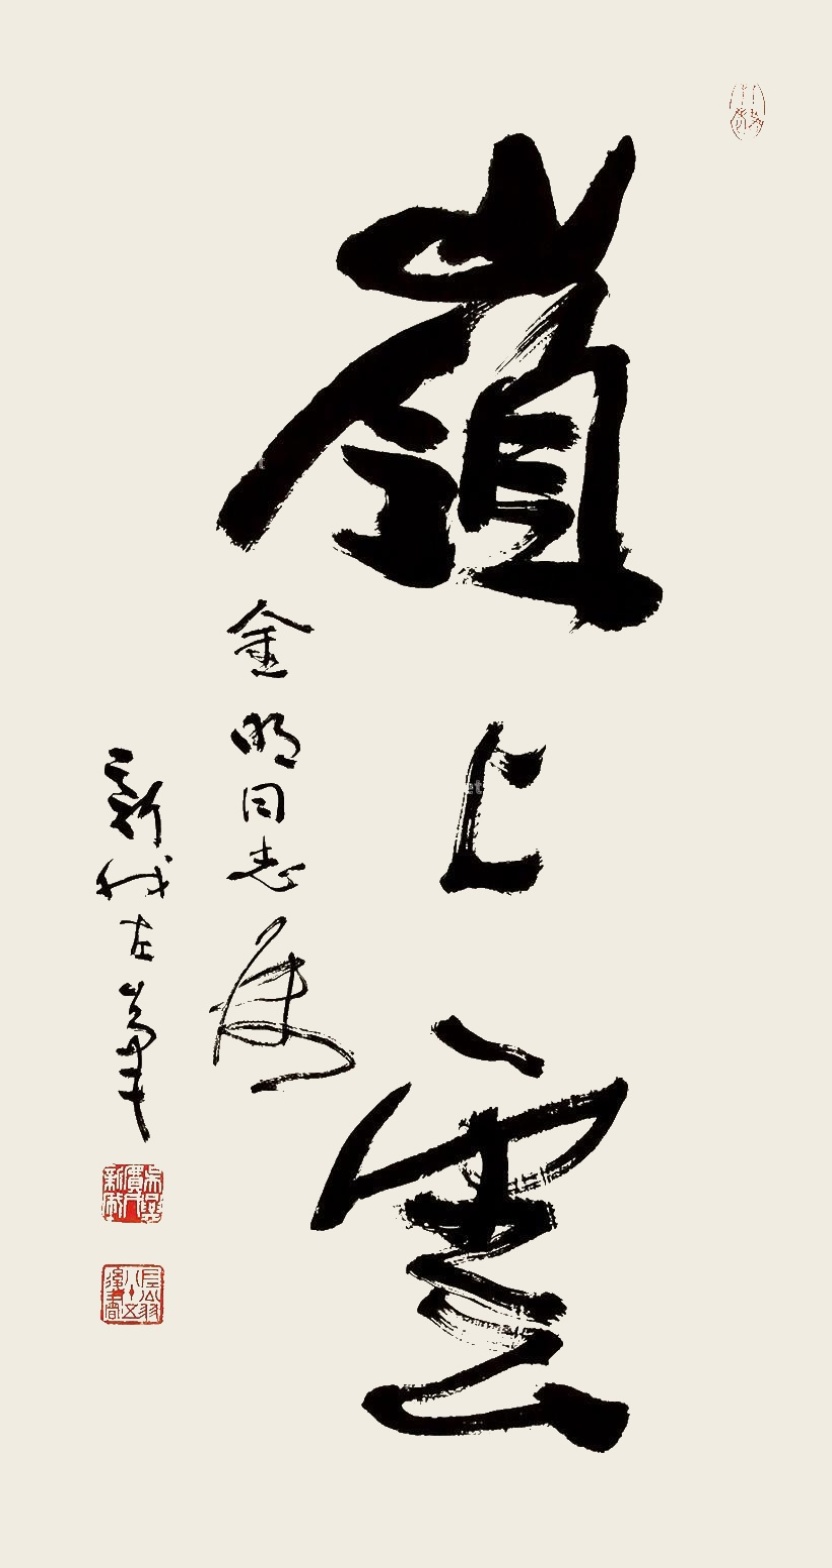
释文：岭上云金明同志属，新我左笔。